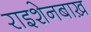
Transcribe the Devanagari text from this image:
राइशेनबाख़